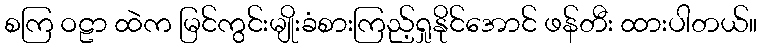
စကြ ဝဠာ ထဲက မြင်ကွင်းမျိုးခံစားကြည့်ရှုနိုင်အောင် ဖန်တီး ထားပါတယ်။